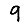
Digit: 9